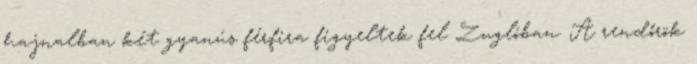
hajnalban két gyanús férfira figyeltek fel Zuglóban. A rendőrök